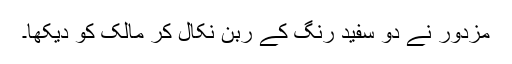
مزدور نے دو سفید رنگ کے ربن نکال کر مالک کو دیکھا۔